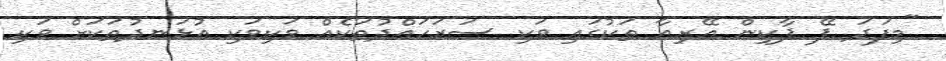
"މިފަދަ ޕޭ ޕާކިން އޭރިއާ ތަކުގައި ވަކި ސަރަަހައްދުތަކެއް ވަކިވަކި އުޅަނދުތަކަށް ވަކި